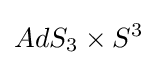
AdS_{3}\times S^{3}